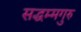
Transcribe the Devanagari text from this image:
सद्धम्मगुरु